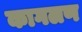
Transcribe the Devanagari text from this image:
कागलण